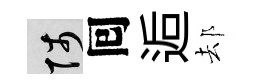
陟囘逅𨚫